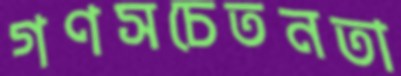
গণসচেতনতা